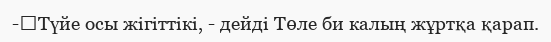
-	Түйе осы жігіттікі, - дейді Төле би калың жұртқа қарап.